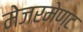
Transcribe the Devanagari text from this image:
मेजरमेण्ट